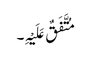
مُتَّفَقٌ عَلَیْہِ۔